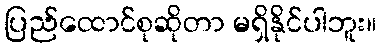
ပြည်ထောင်စုဆိုတာ မရှိနိုင်ပါဘူး။